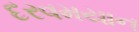
દરવમયાન